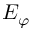
E _ { \varphi }